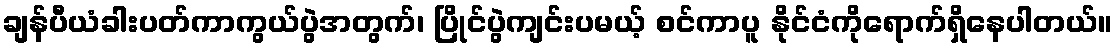
ချန်ပီယံခါးပတ်ကာကွယ်ပွဲအတွက်၊ ပြိုင်ပွဲကျင်းပမယ့် စင်ကာပူ နိုင်ငံကိုရောက်ရှိနေပါတယ်။